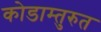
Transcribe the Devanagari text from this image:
कोडाम्तुरुत